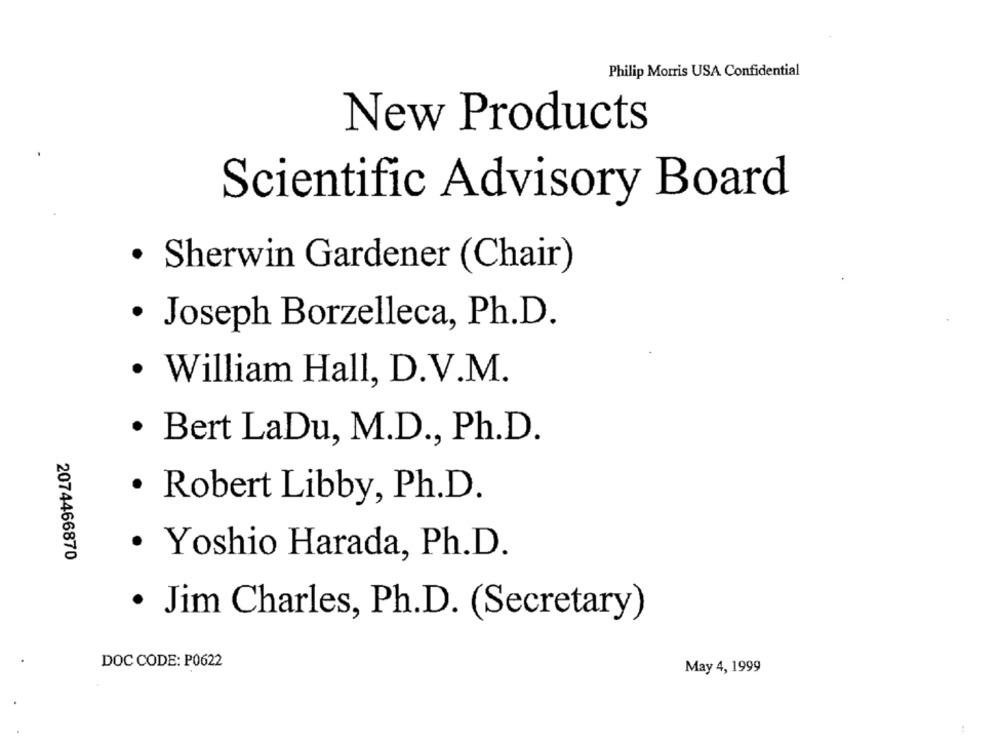
Philip Morris USA Confidential
New Products
Scientific Advisory Board
· Sherwin Gardener (Chair)
· Joseph Borzelleca, Ph.D.
· William Hall, D.V.M.
· Bert LaDu, M.D ., Ph.D.
· Robert Libby, Ph.D.
· Yoshio Harada, Ph.D.
2074466870
· Jim Charles, Ph.D. (Secretary)
DOC CODE: P0622
May 4, 1999